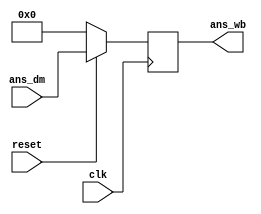
`timescale 1ns / 1ps
//////////////////////////////////////////////////////////////////////////////////
// Company: 
// Engineer: 
// 
// Design Name: 
// Module Name:    write_back_block 
// Project Name: 
// Target Devices: 
// Tool versions: 
// Description: 
//
// Dependencies: 
//
// Revision: 
// Revision 0.01 - File Created
// Additional Comments: 
//
//////////////////////////////////////////////////////////////////////////////////
module write_back_block(ans_wb,ans_dm,clk,reset);
output reg [15:0] ans_wb;
input[15:0] ans_dm;
input clk,reset;

always@(posedge clk)
begin
	if(reset==1'b0)
	begin
		ans_wb<=16'b0;
	end
	else
	begin
		ans_wb<=ans_dm;
	end
end

endmodule